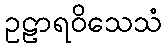
ဥဠာရဝိသေသံ